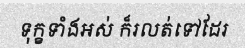
ទុក្ខទាំងអស់ ក៏រលត់ទៅដែរ